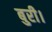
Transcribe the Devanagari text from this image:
बुरी।